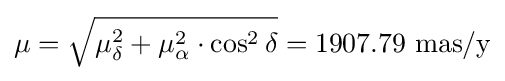
\mu ={\sqrt {\mu _{\delta }^{2}+\mu _{\alpha }^{2}\cdot \cos ^{2}\delta }}=1907.79~{\text{mas/y}}